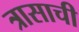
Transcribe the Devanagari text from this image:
त्रासाची